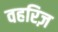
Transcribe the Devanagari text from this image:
वहरिज़